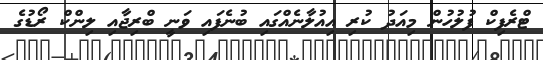
ޓްރެފިކް ފުލުހުން މިއަދު ކުރި އިއުލާނެއްގައި ބުނެފައި ވަނީ ބްރިޖާއި ލިންކް ރޯޑުގެ